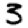
Digit: 3